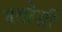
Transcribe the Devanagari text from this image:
दतोडी